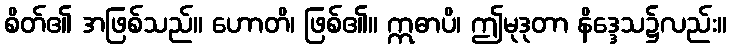
စိတ်၏ အဖြစ်သည်။ ဟောတိ၊ ဖြစ်၏။ ဣဓာပိ၊ ဤမုဒုတာ နိဒ္ဒေသ၌လည်း။